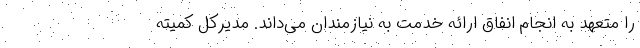
را متعهد به انجام انفاق ارائه خدمت به نیازمندان می‌داند. مدیرکل کمیته